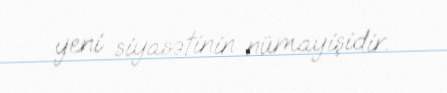
yeni siyasətinin nümayişidir.